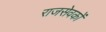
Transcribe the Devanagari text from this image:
राजसेवकों